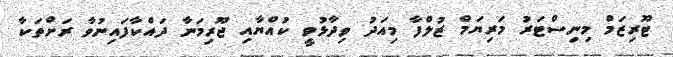
ޓޫރިޒަމް މިނިސްޓަރު މަރިޔަމް ޒުލްފާ މިއަދު ވިދާޅުވީ ކުއްޔާއި ޖޫރިމަނާ ދައްކާފައިނުވާ ރަށްތަކާ